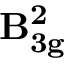
\mathbf { B _ { 3 g } ^ { 2 } }